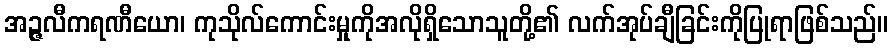
အဉ္ဇလီကရဏီယော၊ ကုသိုလ်ကောင်းမှုကိုအလိုရှိသောသူတို့၏ လက်အုပ်ချီခြင်းကိုပြုရာဖြစ်သည်။